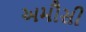
અમૌસી